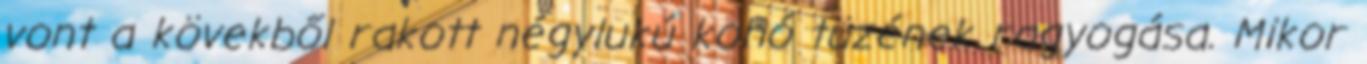
vont a kövekből rakott négylukú kohó tüzének ragyogása. Mikor